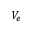
V _ { e }